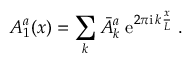
A _ { 1 } ^ { a } ( x ) = \sum _ { k } \bar { A } _ { k } ^ { a } \; \mathrm { e } ^ { 2 \pi \mathrm { i } \, k \frac { x } { L } } \; .